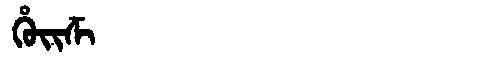
Manchu: ᡥᡠᡳᡯᡳ
Romanization: HUIDZI